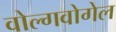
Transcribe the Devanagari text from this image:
वोल्गवोगेल